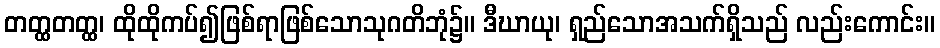
တတ္ထတတ္ထ၊ ထိုထိုကပ်၍ဖြစ်ရာဖြစ်သောသုဂတိဘုံ၌။ ဒီဃာယု၊ ရှည်သောအသက်ရှိသည် လည်းကောင်း။